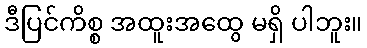
ဒီပြင်ကိစ္စ အထူးအထွေ မရှိ ပါဘူး။